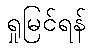
ရှုမြင်ရန်